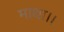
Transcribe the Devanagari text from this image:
माथा।।